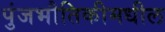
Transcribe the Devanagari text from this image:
पुंजभौतिकीमधील